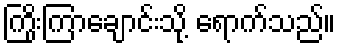
ကြိုးကြာချောင်းသို့ ရောက်သည်။